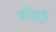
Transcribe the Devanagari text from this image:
चीली